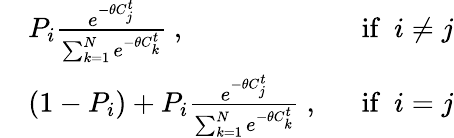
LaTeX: \begin{array}{rlr}&{P_{i}\frac{e^{-\theta C_{j}^{t}}}{\sum_{k=1}^{N}e^{-\theta C_{k}^{t}}}\ ,\ }&{\ \mathrm{if}\ \ i\neq j}\\ &{(1-P_{i})+P_{i}\frac{e^{-\theta C_{j}^{t}}}{\sum_{k=1}^{N}e^{-\theta C_{k}^{t}}}\ ,\ }&{\ \mathrm{if}\ \ i=j}\end{array}